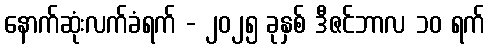
နောက်ဆုံးလက်ခံရက် - ၂၀၂၅ ခုနှစ် ဒီဇင်ဘာလ ၁၀ ရက်